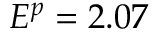
E ^ { p } = 2 . 0 7